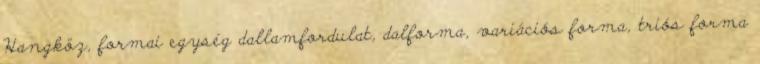
Hangköz, formai egység dallamfordulat, dalforma, variációs forma, triós forma